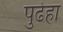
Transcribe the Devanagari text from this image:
पुढेहा